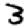
Digit: 3